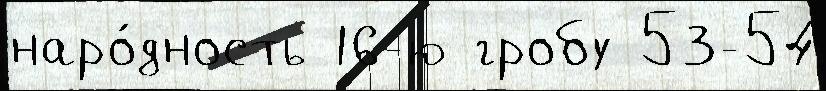
наро́дность 16-ю гробу 53-54